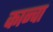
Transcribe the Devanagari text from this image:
कान्वा